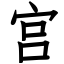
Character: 宫